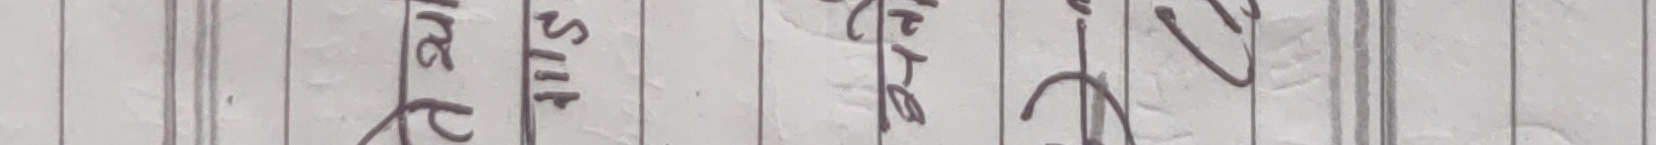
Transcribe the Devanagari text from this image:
सरल